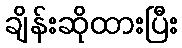
ချိန်းဆိုထားပြီး